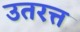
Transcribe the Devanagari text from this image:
उतरत्त